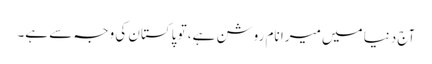
آج دنیا میں میرا نام روشن ہے، تو پاکستان کی وجہ سے ہے۔